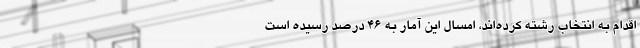
اقدام به انتخاب رشته کرده‌اند، امسال این آمار به 46 درصد رسیده است